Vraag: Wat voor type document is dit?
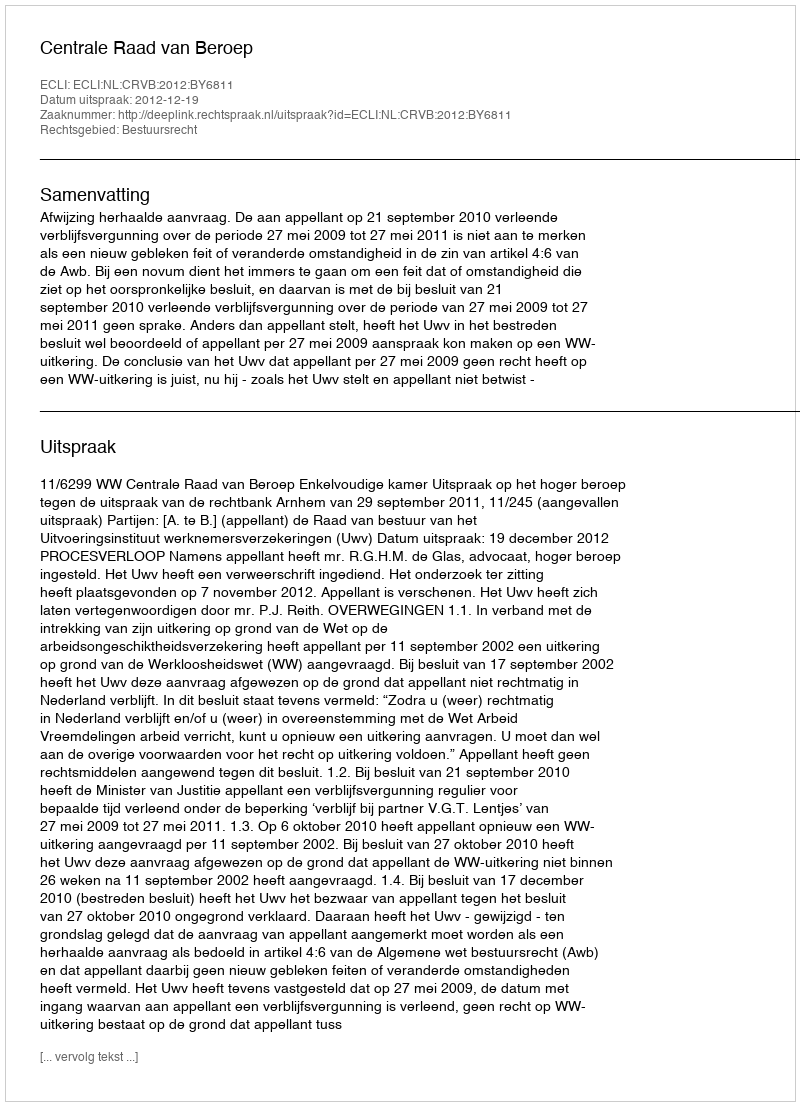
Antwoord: Uitspraak